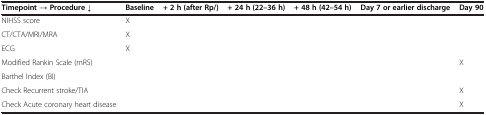
<table><thead><tr><td><b>Timepoint → Procedure ↓</b></td><td><b>Baseline</b></td><td><b>+ 2 h (after Rp/)</b></td><td><b>+ 24 h (22–36 h)</b></td><td><b>+ 48 h (42–54 h)</b></td><td><b>Day 7 or earlier discharge</b></td><td><b>Day 90</b></td></tr></thead><tbody><tr><td>NIHSS score</td><td>X</td><td>[EMPTY_CELL]</td><td>[EMPTY_CELL]</td><td>[EMPTY_CELL]</td><td>[EMPTY_CELL]</td><td>[EMPTY_CELL]</td></tr><tr><td>CT/CTA/MRI/MRA</td><td>X</td><td>[EMPTY_CELL]</td><td>[EMPTY_CELL]</td><td>[EMPTY_CELL]</td><td>[EMPTY_CELL]</td><td>[EMPTY_CELL]</td></tr><tr><td>ECG</td><td>X</td><td>[EMPTY_CELL]</td><td>[EMPTY_CELL]</td><td>[EMPTY_CELL]</td><td>[EMPTY_CELL]</td><td>[EMPTY_CELL]</td></tr><tr><td>Modified Rankin Scale (mRS)</td><td>[EMPTY_CELL]</td><td>[EMPTY_CELL]</td><td>[EMPTY_CELL]</td><td>[EMPTY_CELL]</td><td>[EMPTY_CELL]</td><td>X</td></tr><tr><td>Barthel Index (BI)</td><td>[EMPTY_CELL]</td><td>[EMPTY_CELL]</td><td>[EMPTY_CELL]</td><td>[EMPTY_CELL]</td><td>[EMPTY_CELL]</td><td>[EMPTY_CELL]</td></tr><tr><td>Check Recurrent stroke/TIA</td><td>[EMPTY_CELL]</td><td>[EMPTY_CELL]</td><td>[EMPTY_CELL]</td><td>[EMPTY_CELL]</td><td>[EMPTY_CELL]</td><td>X</td></tr><tr><td>Check Acute coronary heart disease</td><td>[EMPTY_CELL]</td><td>[EMPTY_CELL]</td><td>[EMPTY_CELL]</td><td>[EMPTY_CELL]</td><td>[EMPTY_CELL]</td><td>X</td></tr></tbody></table>